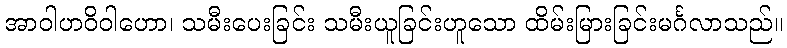
အာဝါဟဝိဝါဟော၊ သမီးပေးခြင်း သမီးယူခြင်းဟူသော ထိမ်းမြားခြင်းမင်္ဂလာသည်။